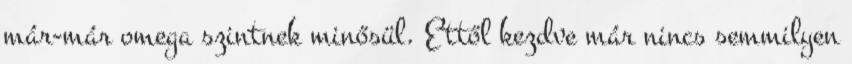
már-már omega szintnek minősül. Ettől kezdve már nincs semmilyen